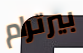
بيرترام